Annual report of the Punjab Veterinary College and of the Civil Veterinary Department, Punjab - 1909-1919
Year: 1909
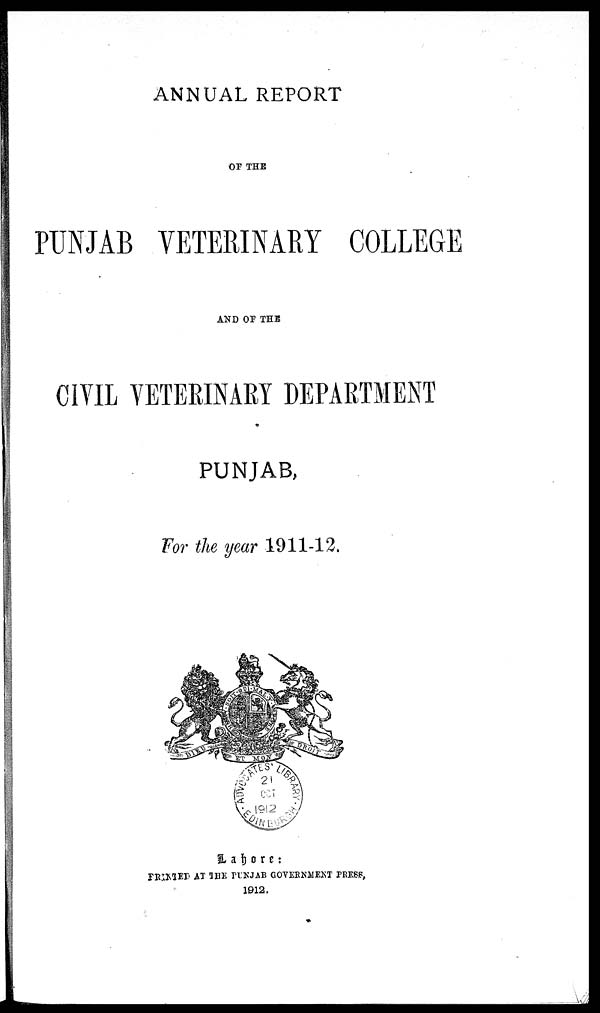
ANNUAL REPORT
OF THE
PUNJAB VETERINARY COLLEGE
AND OF THE
CIVIL VETERINARY DEPARTMENT
PUNJAB,
For the year 1911-12.
Lahore:
PRINTED AT THE PUNJAB GOVERNMENT PRESS,
1912.